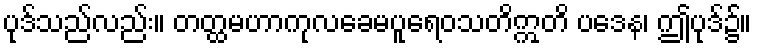
ပုဒ်သည်လည်း။ တတ္ထမဟာကုလခေမပူရေဝသတိဣတိ ပဒေန၊ ဤပုဒ်၌။